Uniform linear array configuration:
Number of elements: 48
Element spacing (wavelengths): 0.25
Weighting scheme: blackman
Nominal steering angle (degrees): -30
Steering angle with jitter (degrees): -28.171
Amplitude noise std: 0.05
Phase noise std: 0.05

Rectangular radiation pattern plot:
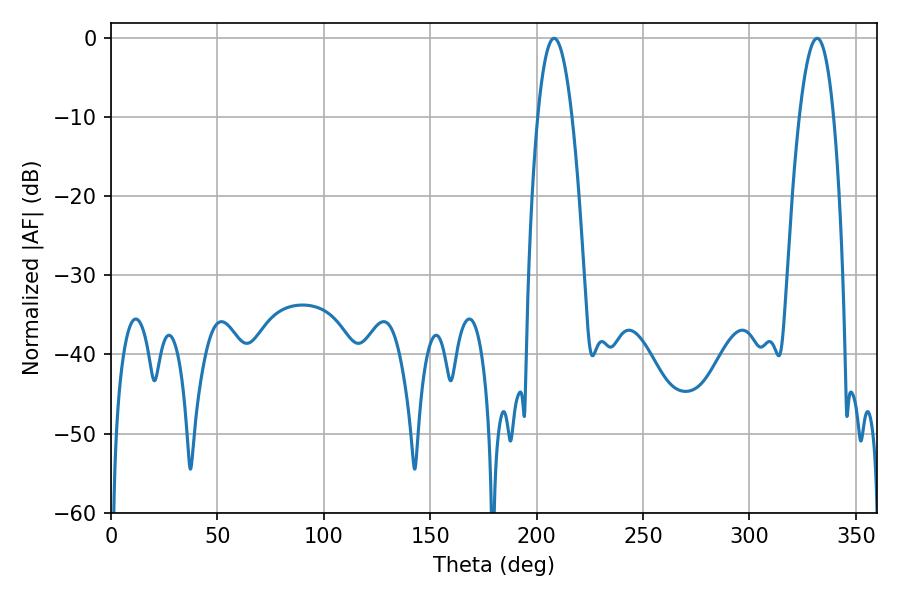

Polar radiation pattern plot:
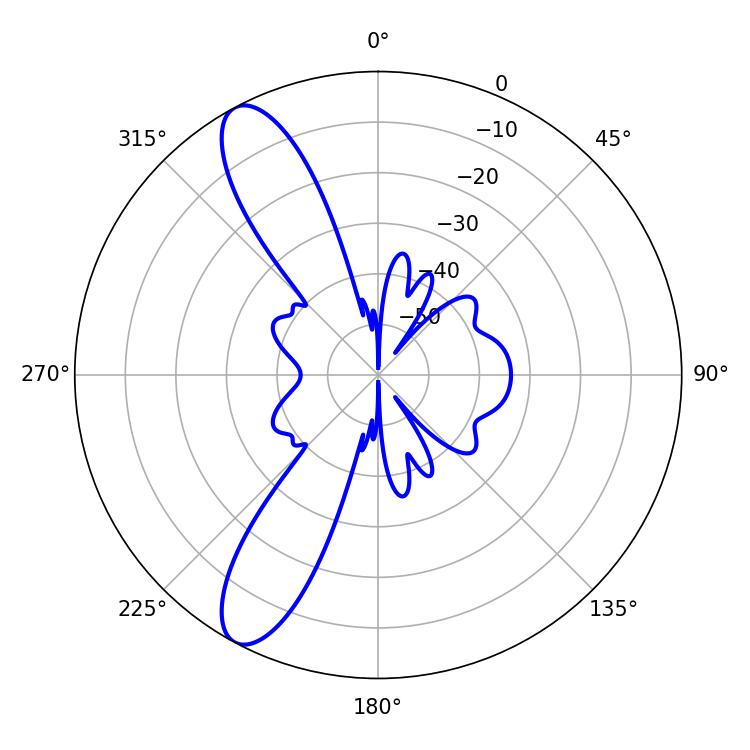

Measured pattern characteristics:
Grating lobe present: FALSE
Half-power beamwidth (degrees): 8.82
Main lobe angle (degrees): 331.74